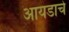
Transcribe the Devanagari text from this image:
आयडाचे